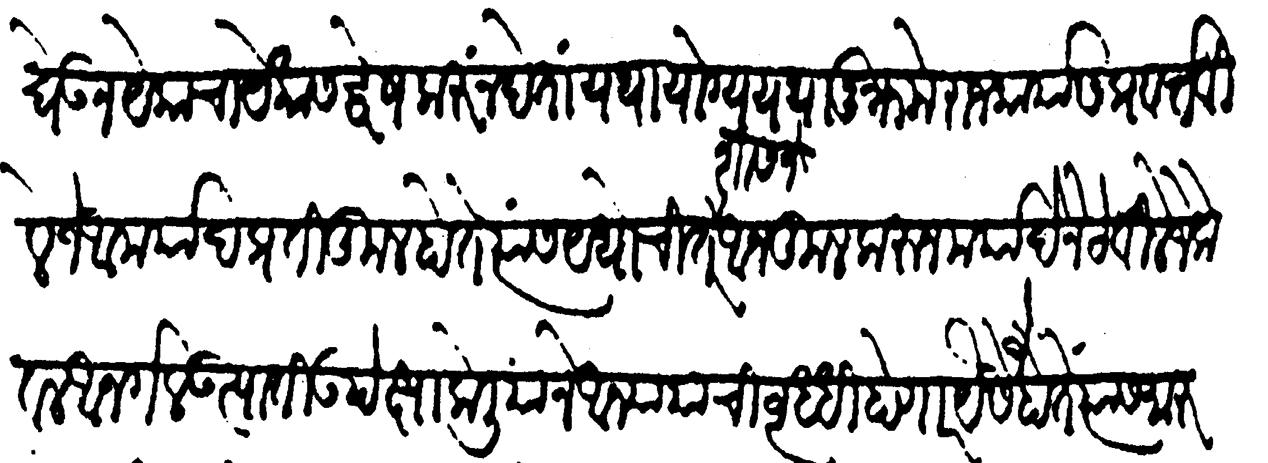
Transliteration (Devanagari): बेऊन येकाचा येकास द्वेष करूं न देतां यथायोग्य यथानुक्रमें राजकार्यास प्रवर्तविले जे आमर्याद प्रतिकूल होते त्यांस यथोचित शासनें अनुकूल करुन मर्यादेने ठेविले जे केवळ आनर्गल उत्पाती उपेक्षा केलि याने आन्यायाची वृद्धि होणार यैसे जे होते त्यांस मारु